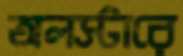
অলস্টারে